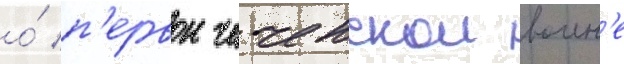
о́ п'ервои чеченскои воин'е